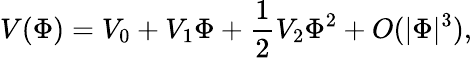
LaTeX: V(\Phi)=V_{0}+V_{1}\Phi+\frac{1}{2}V_{2}\Phi^{2}+O(|\Phi|^{3}),